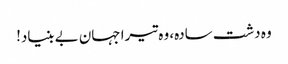
وہ دشت سادہ، وہ تیرا جہان بے بنیاد!